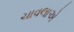
ચાવલાએ